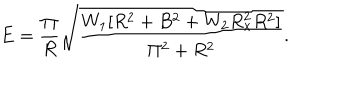
LaTeX: E = \frac { \Pi } { R } \sqrt { \frac { W _ { 1 } [ R ^ { 2 } + B ^ { 2 } + W _ { 2 } R _ { x } ^ { 2 } R ^ { 2 } ] } { \Pi ^ { 2 } + R ^ { 2 } } } .